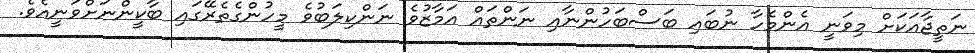
ނަތީޖާއަކަށް މިވަނީ އެންމެހާ ނުބައި ބަސްބަހުންނާއި ނަންތައް އަމާޒުވެ ނަންކިލަބުވެ މީހުންގެތެރޭގައި ބާކީންނަށްވަނީއެވެ.